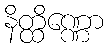
နိတ္ထိဏ္ဏော